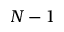
N - 1